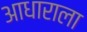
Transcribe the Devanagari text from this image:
आधाराला